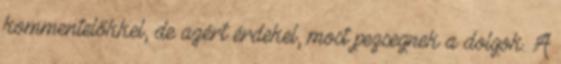
kommentelőkkel, de azért érdekel, most pezsegnek a dolgok. A